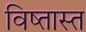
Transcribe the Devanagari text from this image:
विष्तास्त